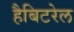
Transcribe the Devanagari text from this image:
हैबिटरेल